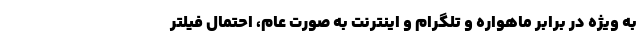
به ویژه در برابر ماهواره و تلگرام و اینترنت به صورت عام، احتمال فیلتر